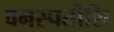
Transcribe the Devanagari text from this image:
वनस्पतीशि